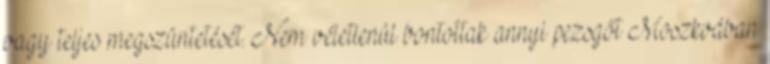
vagy teljes megszüntetését. Nem véletlenül bontottak annyi pezsgőt Moszkvában